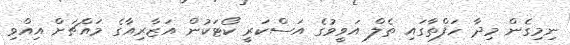
ނިމިގެން މިދާ ހަފްތާގައި ތެލް އަވީވުގެ އަސްކަރީ ކޯޓަކުން އަޒާރިއާގެ މައްޗަށް އިއްވި